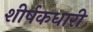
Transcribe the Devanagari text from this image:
शीर्षकधारी